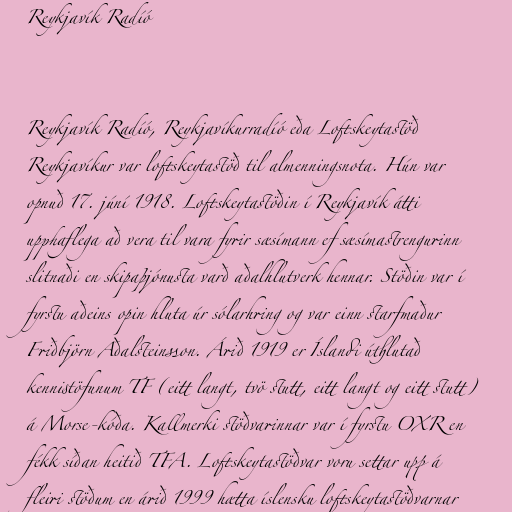
Reykjavík Radíó

Reykjavík Radíó, Reykjavíkurradíó eða Loftskeytastöð
Reykjavíkur var loftskeytastöð til almenningsnota. Hún var
opnuð 17. júní 1918. Loftskeytastöðin í Reykjavík átti
upphaflega að vera til vara fyrir sæsímann ef sæsímastrengurinn
slitnaði en skipaþjónusta varð aðalhlutverk hennar. Stöðin var í
fyrstu aðeins opin hluta úr sólarhring og var einn starfmaður
Friðbjörn Aðalsteinsson. Árið 1919 er Íslandi úthlutað
kennistöfunum TF (eitt langt, tvö stutt, eitt langt og eitt stutt)
á Morse-kóða. Kallmerki stöðvarinnar var í fyrstu OXR en
fékk síðan heitið TFA. Loftskeytastöðvar voru settar upp á
fleiri stöðum en árið 1999 hætta íslensku loftskeytastöðvarnar